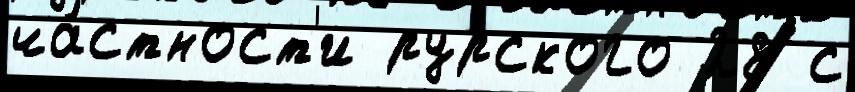
ча́стност'и рурского 28 с